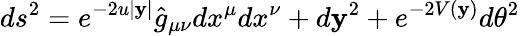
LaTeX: ds^{2}=e^{-2u|\mathbf{y}|}\hat{{g}}_{\mu\nu}dx^{\mu}dx^{\nu}+d\mathbf{y}^{2}+e^{-2V(\mathbf{y})}d\theta^{2}